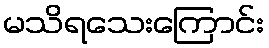
မသိရသေးကြောင်း